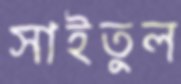
সাইতুল